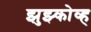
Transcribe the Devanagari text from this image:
झुझ्कोव्ह